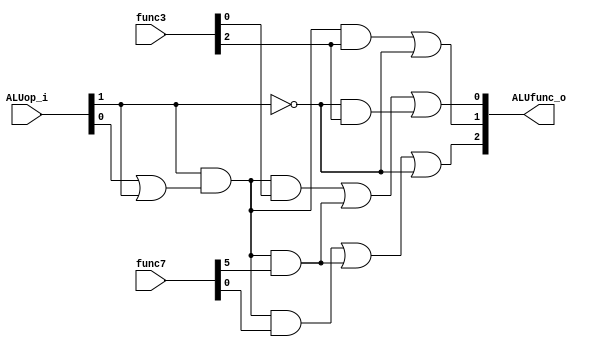
module ALU_Control(
    input [1:0] ALUop_i,
    input [2:0] func3,
    input [6:0] func7,
    output [2:0] ALUfunc_o
);
        wire opzero;
        assign opzero = ALUop_i[0] | ALUop_i[1];
        wire Rtype = ALUop_i[1] & opzero;
        wire Itype =! ALUop_i[1];
        assign ALUfunc_o[0] = (Rtype&func3[0])|(Rtype&func7[5])|(Itype&func3[2]);
        assign ALUfunc_o[1] = (Rtype&func3[2])|(Itype);
        assign ALUfunc_o[2] = (Rtype&func7[0])|(Rtype&func7[5])|(Itype);
endmodule